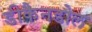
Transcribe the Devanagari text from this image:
डीकैनडोल